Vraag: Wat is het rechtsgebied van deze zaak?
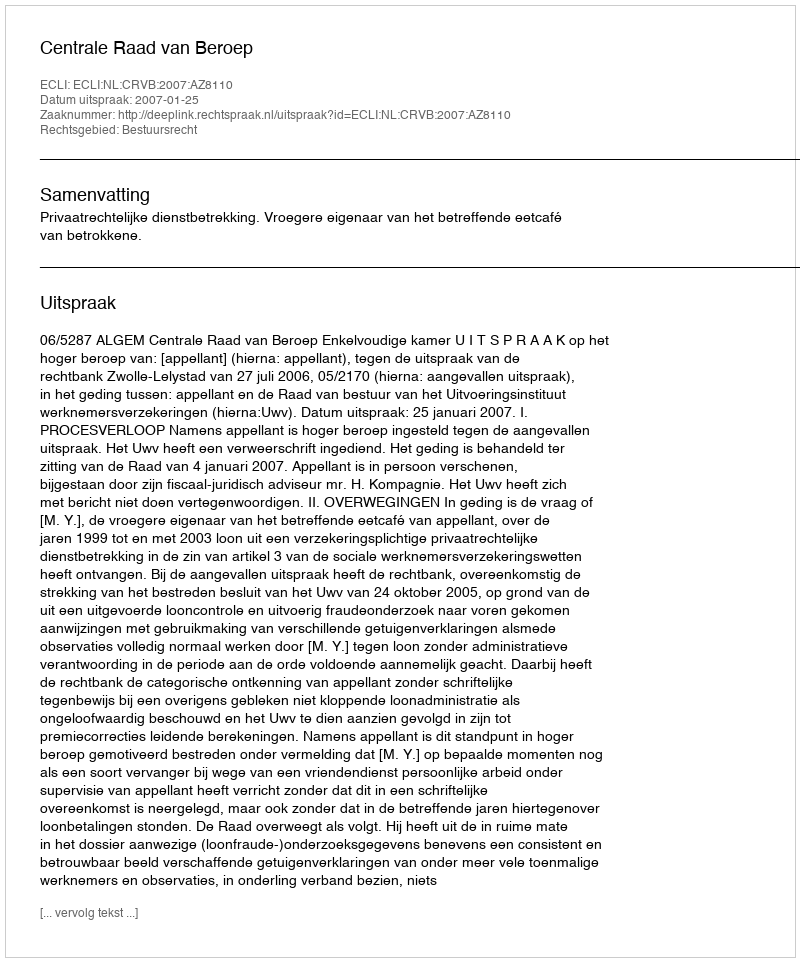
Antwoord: Bestuursrecht